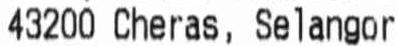
43200 CHERAS, SELANGOR